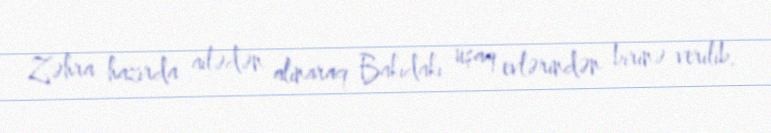
Zəhra hazırda ailədən alınaraq Bakıdakı uşaq evlərindən birinə verilib.